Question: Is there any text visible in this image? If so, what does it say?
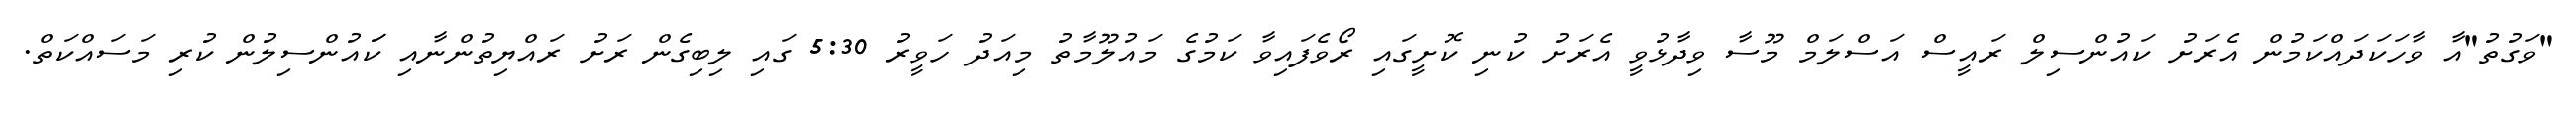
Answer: "ވަގުތު"އާ ވާހަކަދައްކަމުން އެރަށު ކައުންސިލް ރައީސް އަސްލަމް މޫސާ ވިދާޅުވީ އެރަށު ކުނި ކޮށީގައި ރޯވެފައިވާ ކަމުގެ މައުލޫމާތު މިއަދު ހަވީރު 5:30 ގައި ލިބިގެން ރަށު ރައްޔިތުންނާއި ކަައުންސިލުން ކުރި މަސައްކަތް.